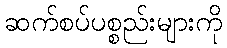
ဆက်စပ်ပစ္စည်းများကို